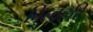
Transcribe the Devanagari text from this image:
बिल्वहरि